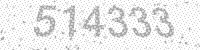
Solution: 514333